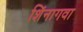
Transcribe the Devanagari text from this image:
शिंनागवा